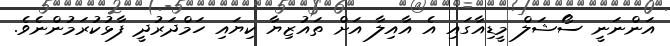
އަންނަނީ ސޯޝަލް މީޑިއާގައި އެ އާއިލާ އަށް ތައުޒިޔާ ކިޔައި ހަމްދަރުދީ ފާޅުކުރަމުންނެވެ.